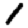
Digit: 1